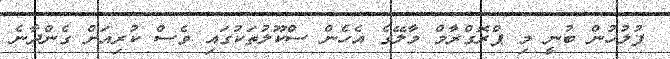
ފުލުހުން ބުނީ މި ޕްރޮގްރާމް މާލޭގެ އެހެން ސްކޫލުތަކުގައި ވެސް ކުރިއަށް ގެންދާނެ